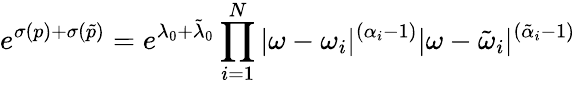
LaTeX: e^{\sigma(p)+\sigma(\tilde{p})}=e^{\lambda_{0}+\tilde{\lambda}_{0}}\prod_{i=1}^{N}|\omega-\omega_{i}|^{(\alpha_{i}-1)}|\omega-\tilde{\omega}_{i}|^{(\tilde{\alpha}_{i}-1)}